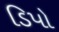
ડિપો